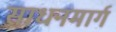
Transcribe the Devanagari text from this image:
साधनमार्ग